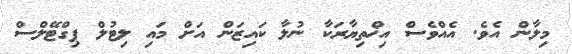
މިލާން އެވެ. އެއްވެސް އިޚްތިޔާރަކާ ނުލާ ކައިޒަން އަށް މައި ލިޓުލް ޕިގްޓޭލްސް